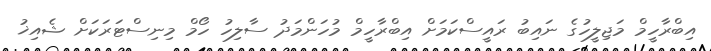
އިބްރާހީމް މަޖިލީހުގެ ނައިބު ރައީސްކަމަށް އިބްރާހީމް މުހަންމަދު ސާލިހު ހޯމް މިނިސްޓަރަކަށް ޝެއިޚު